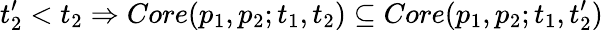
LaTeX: t_{2}^{\prime}<t_{2}\Rightarrow Core(p_{1},p_{2};t_{1},t_{2})\subseteq Core(p_{1},p_{2};t_{1},t_{2}^{\prime})